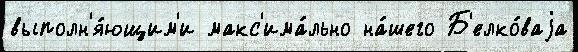
выполн'я́ющим'и макс'има́льно на́шего Б'елко́ваjа